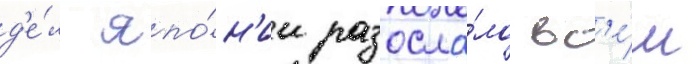
д'е́л япо́н'ии разосла́ло вс'е́м